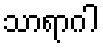
သာရာဂါ